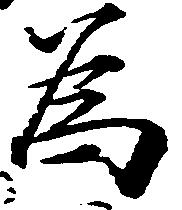
為